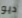
ديو